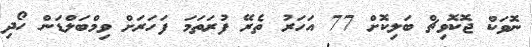
ނޮވަކް ޖޮކޮވިޗް ބަލިކޮށް 77 އަހަރު ތެރޭ ފުރަތަމަ ފަހަރަށް ވިމްބަލްޑަން ހޯދި